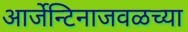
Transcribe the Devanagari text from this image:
आर्जेन्टिनाजवळच्या